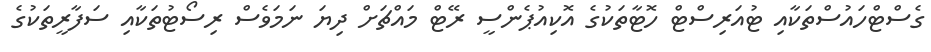
ގެސްޓްހައުސްތަކާއި ޓުއަރިސްޓް ހޮޓާތަކުގެ އޮކިއުޕެންސީ ރޭޓް މައްޗަށް ދިޔަ ނަމަވެސް ރިސޯޓުތަކާއި ސަފާރީތަކުގެ